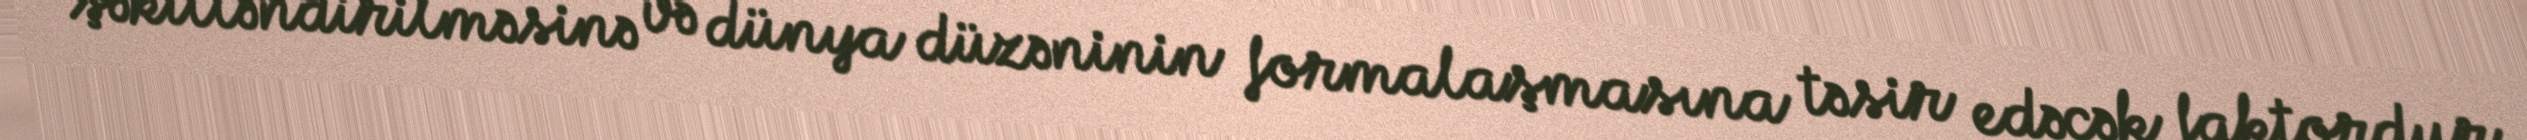
şəkilləndirilməsinə və dünya düzəninin formalaşmasına təsir edəcək faktordur.